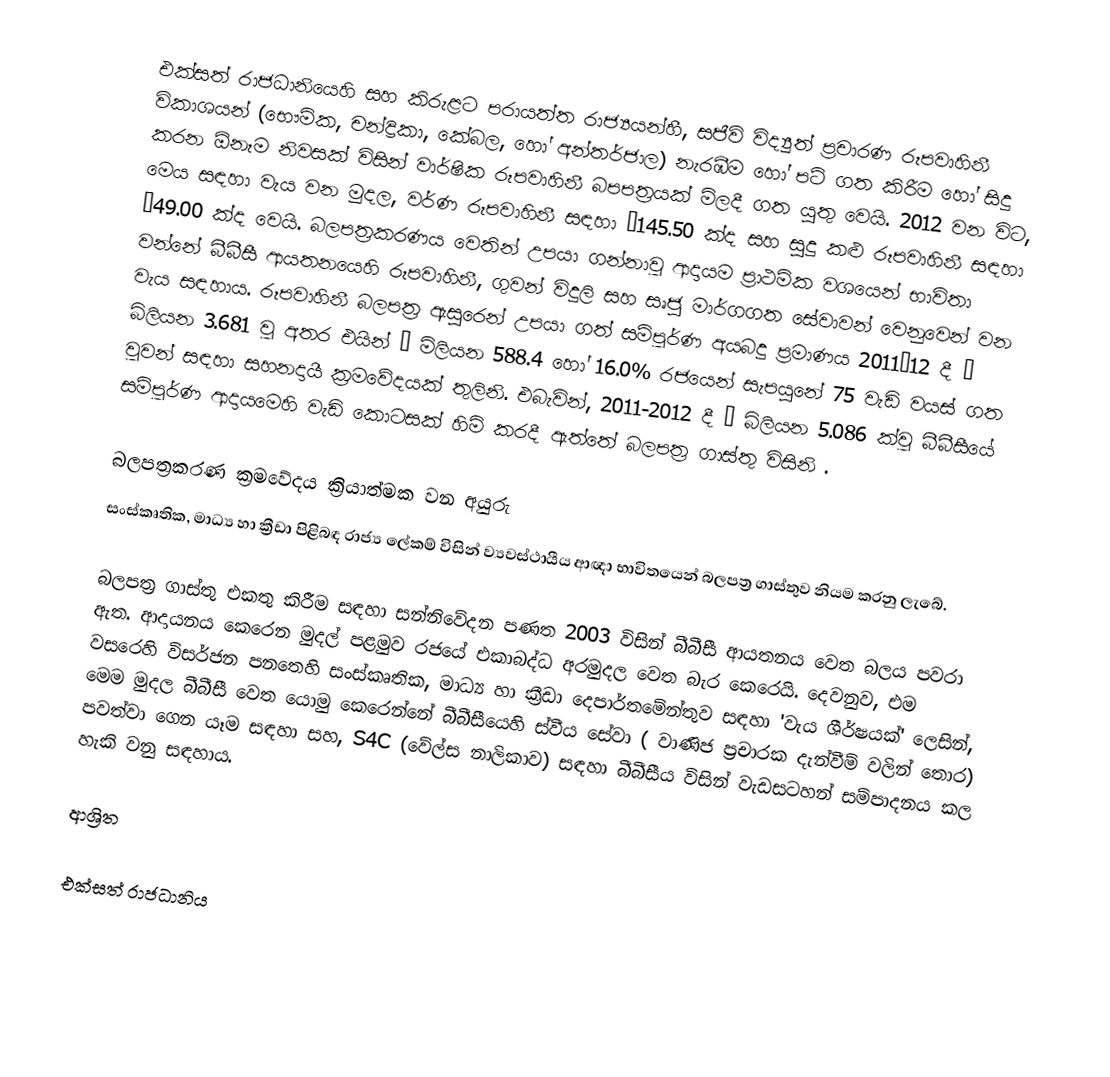
එක්සත් රාජධානියෙහි සහ    කිරුළට පරායත්ත රාජ්‍යයන්හී, සජීවි විද්‍යුත් ප්‍රචාරණ රූපවාහිනී විකාශයන් (භෞමික, චන්ද්‍රිකා, කේබල, හෝ අන්තර්ජාල) නැරඹීම හෝ  පටි ගත කිරීම  හෝ  සිදු කරන ඕනෑම නිවසක් විසින් වාර්ෂික රූපවාහිනී බපපත්‍රයක් මිලදී ගත යුතු වෙයි. 2012 වන විට, මෙය සඳහා වැය වන මුදල, වර්ණ රූපවාහිනී සඳහා £145.50 ක්ද සහ සුදු කළු රූපවාහිනී සඳහා £49.00 ක්ද වෙයි.  බලපත්‍රකරණය වෙතින් උපයා ගන්නාවූ ආදායම ප්‍රාථමික වශයෙන් භාවිතා වන්නේ  බීබීසී ආයතනයෙහි රූපවාහිනී, ගුවන් විදුලි සහ සෘජු මාර්ගගත සේවාවන් වෙනුවෙන් වන වැය සඳහාය. රූපවාහිනී බලපත්‍ර ඇසුරෙන් උපයා ගත් සම්පූර්ණ අයබදු ප්‍රමාණය 2011–12 දී £ බිලියන 3.681 වූ අතර  එයින්  £ මිලියන 588.4 හෝ  16.0% රජයෙන් සැපයුනේ  75 වැඩි වයස් ගත වූවන් සඳහා සහනදායී ක්‍රමවේදයක් තුලිනි. එබැවින්, 2011-2012 දී  £ බිලියන 5.086 ක්වූ  බීබීසීයේ සම්පූර්ණ ආදායමෙහි වැඩි කොටසක් හිමි කරදී ඇත්තේ  බලපත්‍ර ගාස්තු විසිනි .

බලපත්‍රකරණ ක්‍රමවේදය ක්‍රියාත්මක වන අයුරු
 සංස්කෘතික, මාධ්‍ය හා ක්‍රීඩා පිළිබඳ රාජ්‍ය ලේකම් විසින්  ව්‍යවස්ථායීය ආඥා භාවිතයෙන් බලපත්‍ර ගාස්තුව නියම කරනු ලැබේ.

බලපත්‍ර ගාස්තු එකතු කිරීම සඳහා  සන්නිවේදන පණත 2003 විසින් බීබීසී ආයතනය වෙත  බලය පවරා ඇත. ආදායනය කෙරෙන මුදල් පළමුව රජයේ  එකාබද්ධ අරමුදල වෙත බැර කෙරෙයි. දෙවනුව, එම වසරෙහි  විසර්ජන පනතෙහි සංස්කෘතික, මාධ්‍ය හා ක්‍රීඩා දෙපාර්තමේන්තුව සඳහා 'වැය ශීර්ෂයක්' ලෙසින්, මෙම මුදල බීබීසී වෙත යොමු කෙරෙන්නේ බීබීසීයෙහි ස්වීය සේවා ( වාණිජ ප්‍රචාරක දැන්වීම් වලින් තොර) පවත්වා ගෙන යෑම සඳහා සහ, S4C (වේල්ස නාලිකාව) සඳහා බීබීසීය විසින් වැඩසටහන් සම්පාදනය කල හැකි වනු සඳහාය.

ආශ්‍රිත

එක්සත් රාජධානිය